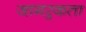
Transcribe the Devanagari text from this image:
जागऱ्रकता